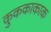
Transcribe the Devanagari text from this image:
कुककाकाक